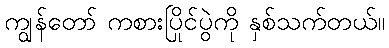
ကျွန်တော် ကစားပြိုင်ပွဲကို နှစ်သက်တယ်။